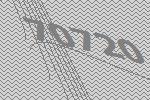
70720